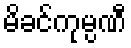
မိခင်ကုမ္ပဏီ